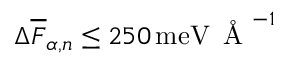
\Delta \overline { { F } } _ { \alpha , n } \leq 2 5 0 \, \mathrm { m e V } \, \mathrm { ~ \AA ~ } ^ { - 1 }